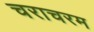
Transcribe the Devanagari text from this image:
चराचरम